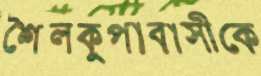
শৈলকুপাবাসীকে